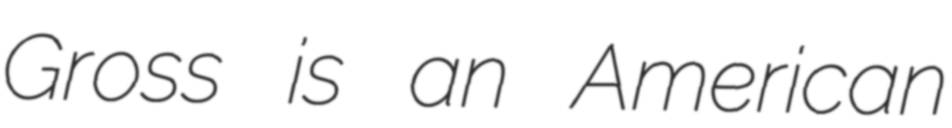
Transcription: Gross is an American